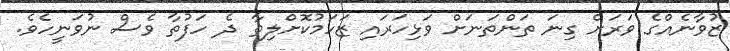
ޒުވާނެއްގެ ވަރަށް ގިނަ ތަންތަނަށް ވަޅިހަރައި ޒަހަމުކޮށްލިތާ ދެ ހަފުތާ ވެސް ނުވަނީހެވެ.